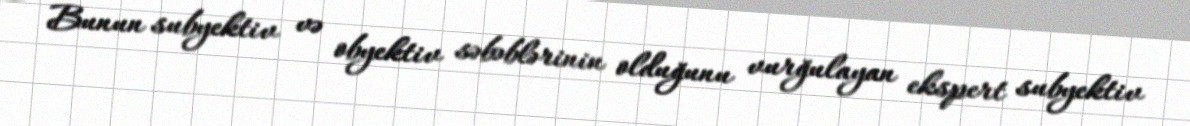
Bunun subyektiv və obyektiv səbəblərinin olduğunu vurğulayan ekspert subyektiv